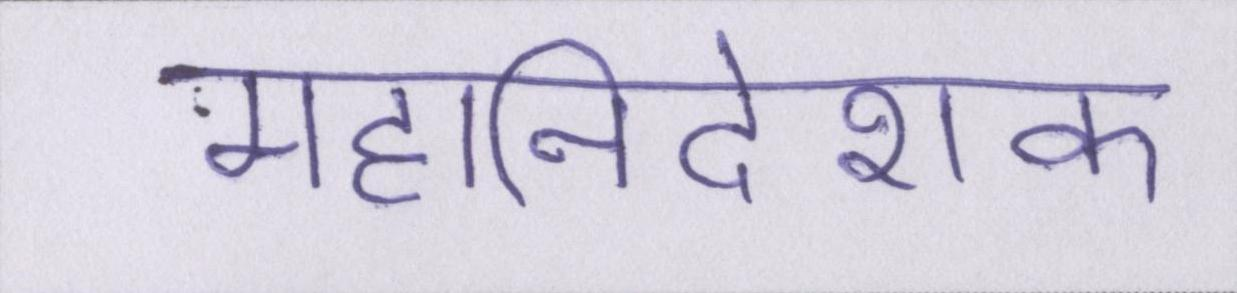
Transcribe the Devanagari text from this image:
महानिदेशक